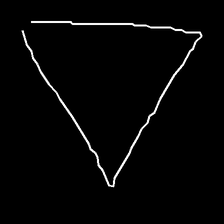
Glyph: convergence